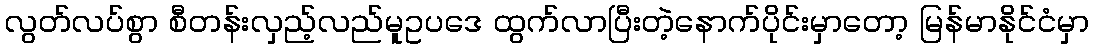
လွတ်လပ်စွာ စီတန်းလှည့်လည်မူဥပဒေ ထွက်လာပြီးတဲ့နောက်ပိုင်းမှာတော့ မြန်မာနိုင်ငံမှာ